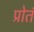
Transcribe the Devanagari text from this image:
प्रोतं